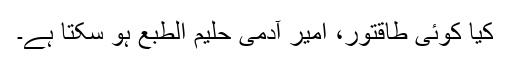
کیا کوئی طاقتور، امیر آدمی حلیم الطبع ہو سکتا ہے۔